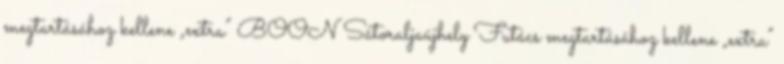
megtartásához kellene „extra” BOON Sátoraljaújhely Futács megtartásához kellene „extra”